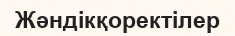
Жәндікқоректілер